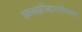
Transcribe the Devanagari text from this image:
फ्झ्क्ल्क्झ्हैज्क्द्जिएवोलिउल्द्फ्